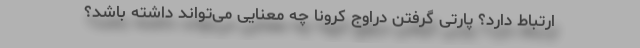
ارتباط دارد؟ پارتی گرفتن دراوج کرونا چه معنایی می‌تواند داشته باشد؟